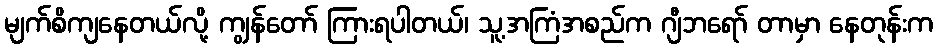
မျက်စိကျနေတယ်လို့ ကျွန်တော် ကြားရပါတယ်၊ သူ့အကြံအစည်က ဂျီဘရော် တာမှာ နေတုန်းက